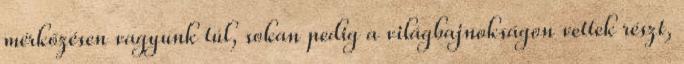
mérkőzésen vagyunk túl, sokan pedig a világbajnokságon vettek részt,